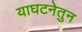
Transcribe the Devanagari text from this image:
याघटनेतुन